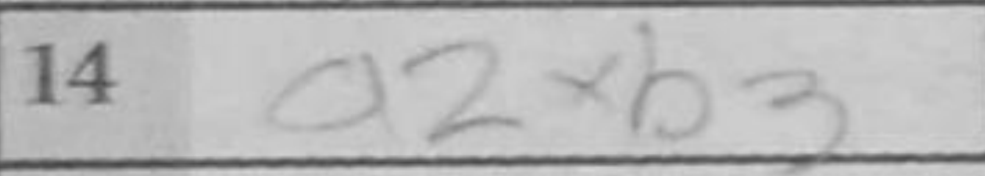
Transcription: a2xb3